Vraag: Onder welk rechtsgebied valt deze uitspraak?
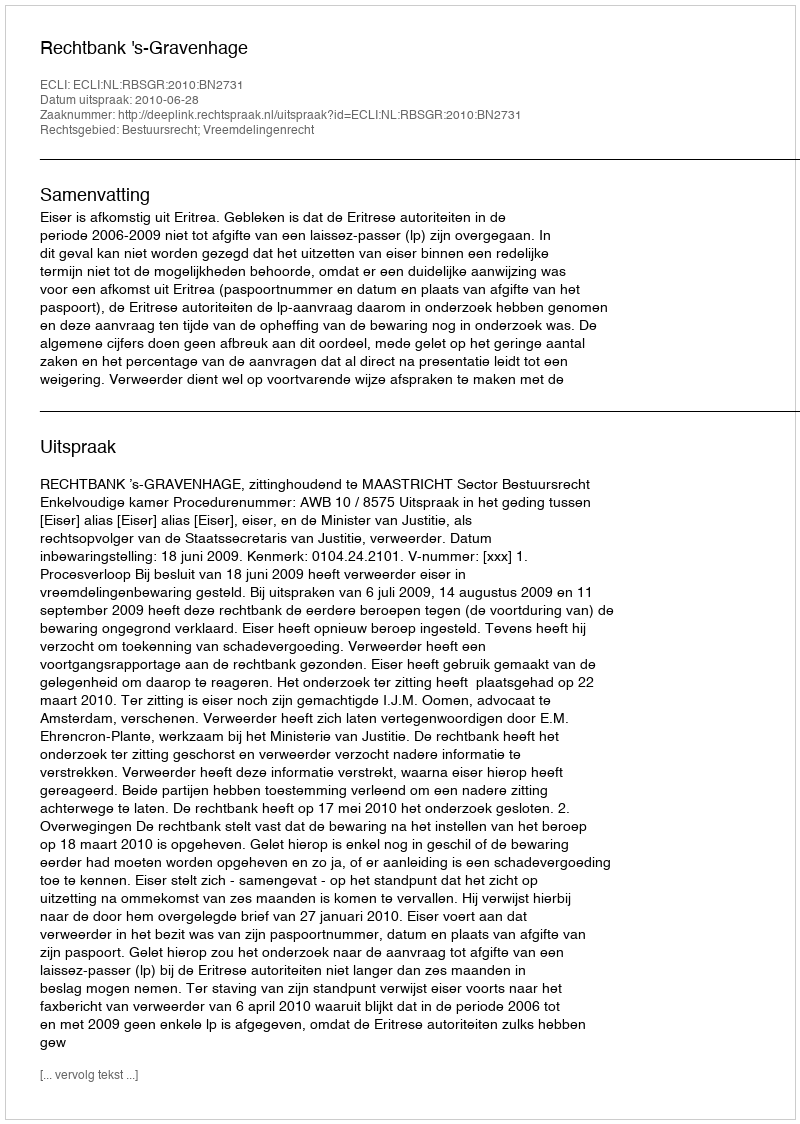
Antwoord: Bestuursrecht; Vreemdelingenrecht